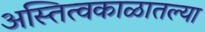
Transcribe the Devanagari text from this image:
अस्तित्वकाळातल्या